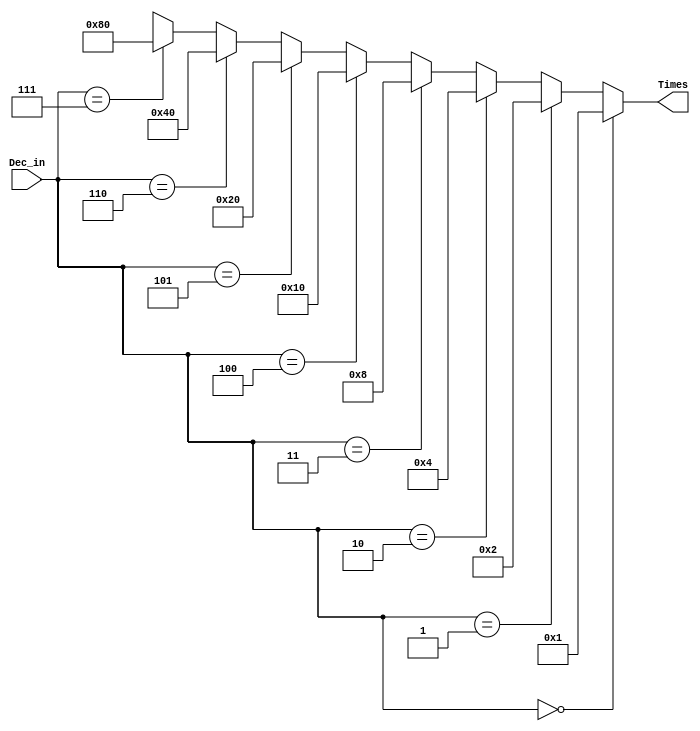
module T_DECODER(Dec_in , Times);
  
  input [2:0] Dec_in;
  output wire [7:0] Times;



  
  assign Times = (Dec_in == 3'b000) ? 8'h01 :
                          (Dec_in == 3'b001) ? 8'h02 :
                          (Dec_in == 3'b010) ? 8'h04 :
                          (Dec_in == 3'b011) ? 8'h08 :
                          (Dec_in == 3'b100) ? 8'h10 :
                          (Dec_in == 3'b101) ? 8'h20 :
                          (Dec_in == 3'b110) ? 8'h40 :
                          (Dec_in == 3'b111) ? 8'h80 :8'hxx;
                         
                      
endmodule